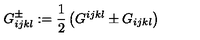
G _ { i j k l } ^ { \pm } : = \frac 1 2 \left( G ^ { i j k l } \pm G _ { i j k l } \right)